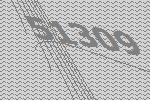
51309